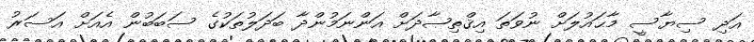
އަދި ސިޔާސީ މާޙައުލަށް ނުވަތަ އިޤްތިޞާދަށް އަންނަމުންދާ ބަދަލުތަކުގެ ސަބަބުން އެއަށް އަސަރު